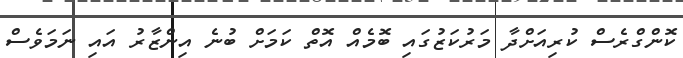
ކޮންގްރެސް ކުރިއަށްދާ މަރުކަޒުގައި ބޮމެއް އޮތް ކަމަށް ބުނެ އިންޒާރު އައި ނަމަވެސް